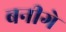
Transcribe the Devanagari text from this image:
बनीगे